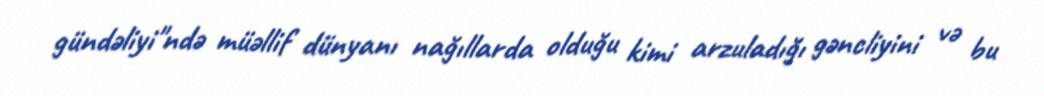
gündəliyi"ndə müəllif dünyanı nağıllarda olduğu kimi arzuladığı gəncliyini və bu